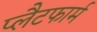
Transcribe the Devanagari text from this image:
प्‍लैटफार्म